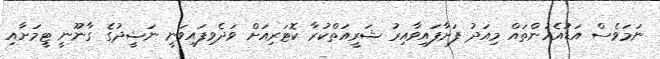
ނަމަވެސް އަޑުއެހުންތައް މިއަދު ފަށާފައިވާއިރު ޝަރީއަތްކުރާ ކޮޓަރިއަށް ވަދެވިފައިވަނީ ނަޝީދުގެ ގާނޫނީ ޓީމަށާއި